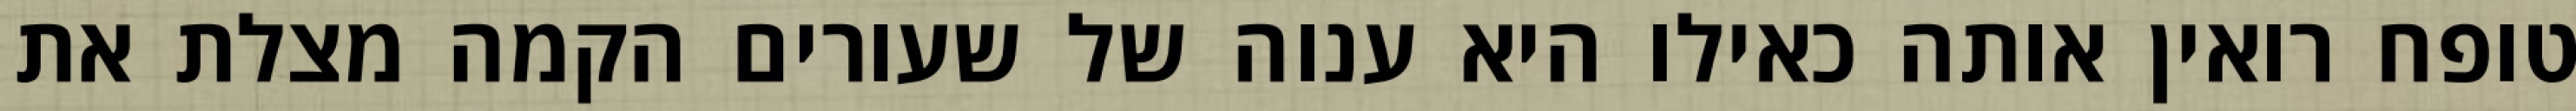
טופח רואין אותה כאילו היא ענוה של שעורים הקמה מצלת את